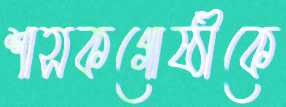
শাসকগোষ্ঠীকে